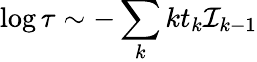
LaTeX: \log\tau\sim-\sum_{k}kt_{k}{\cal I}_{k-1}